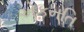
એકમતિ